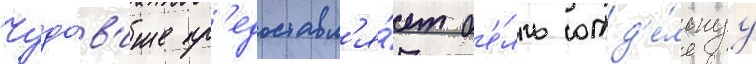
Чудо́в'ище пр'едоставл'я́ет б'е́лль отд'е́льнуу